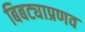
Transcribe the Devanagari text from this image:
बिबट्याप्रणव